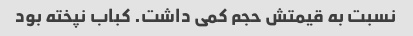
نسبت به قیمتش حجم کمی داشت. کباب نپخته بود